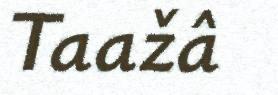
Taažâ